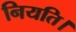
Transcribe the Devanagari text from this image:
नियति।